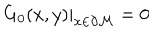
G _ { 0 } ( x , y ) | _ { x \in { \partial { \cal M } } } = 0